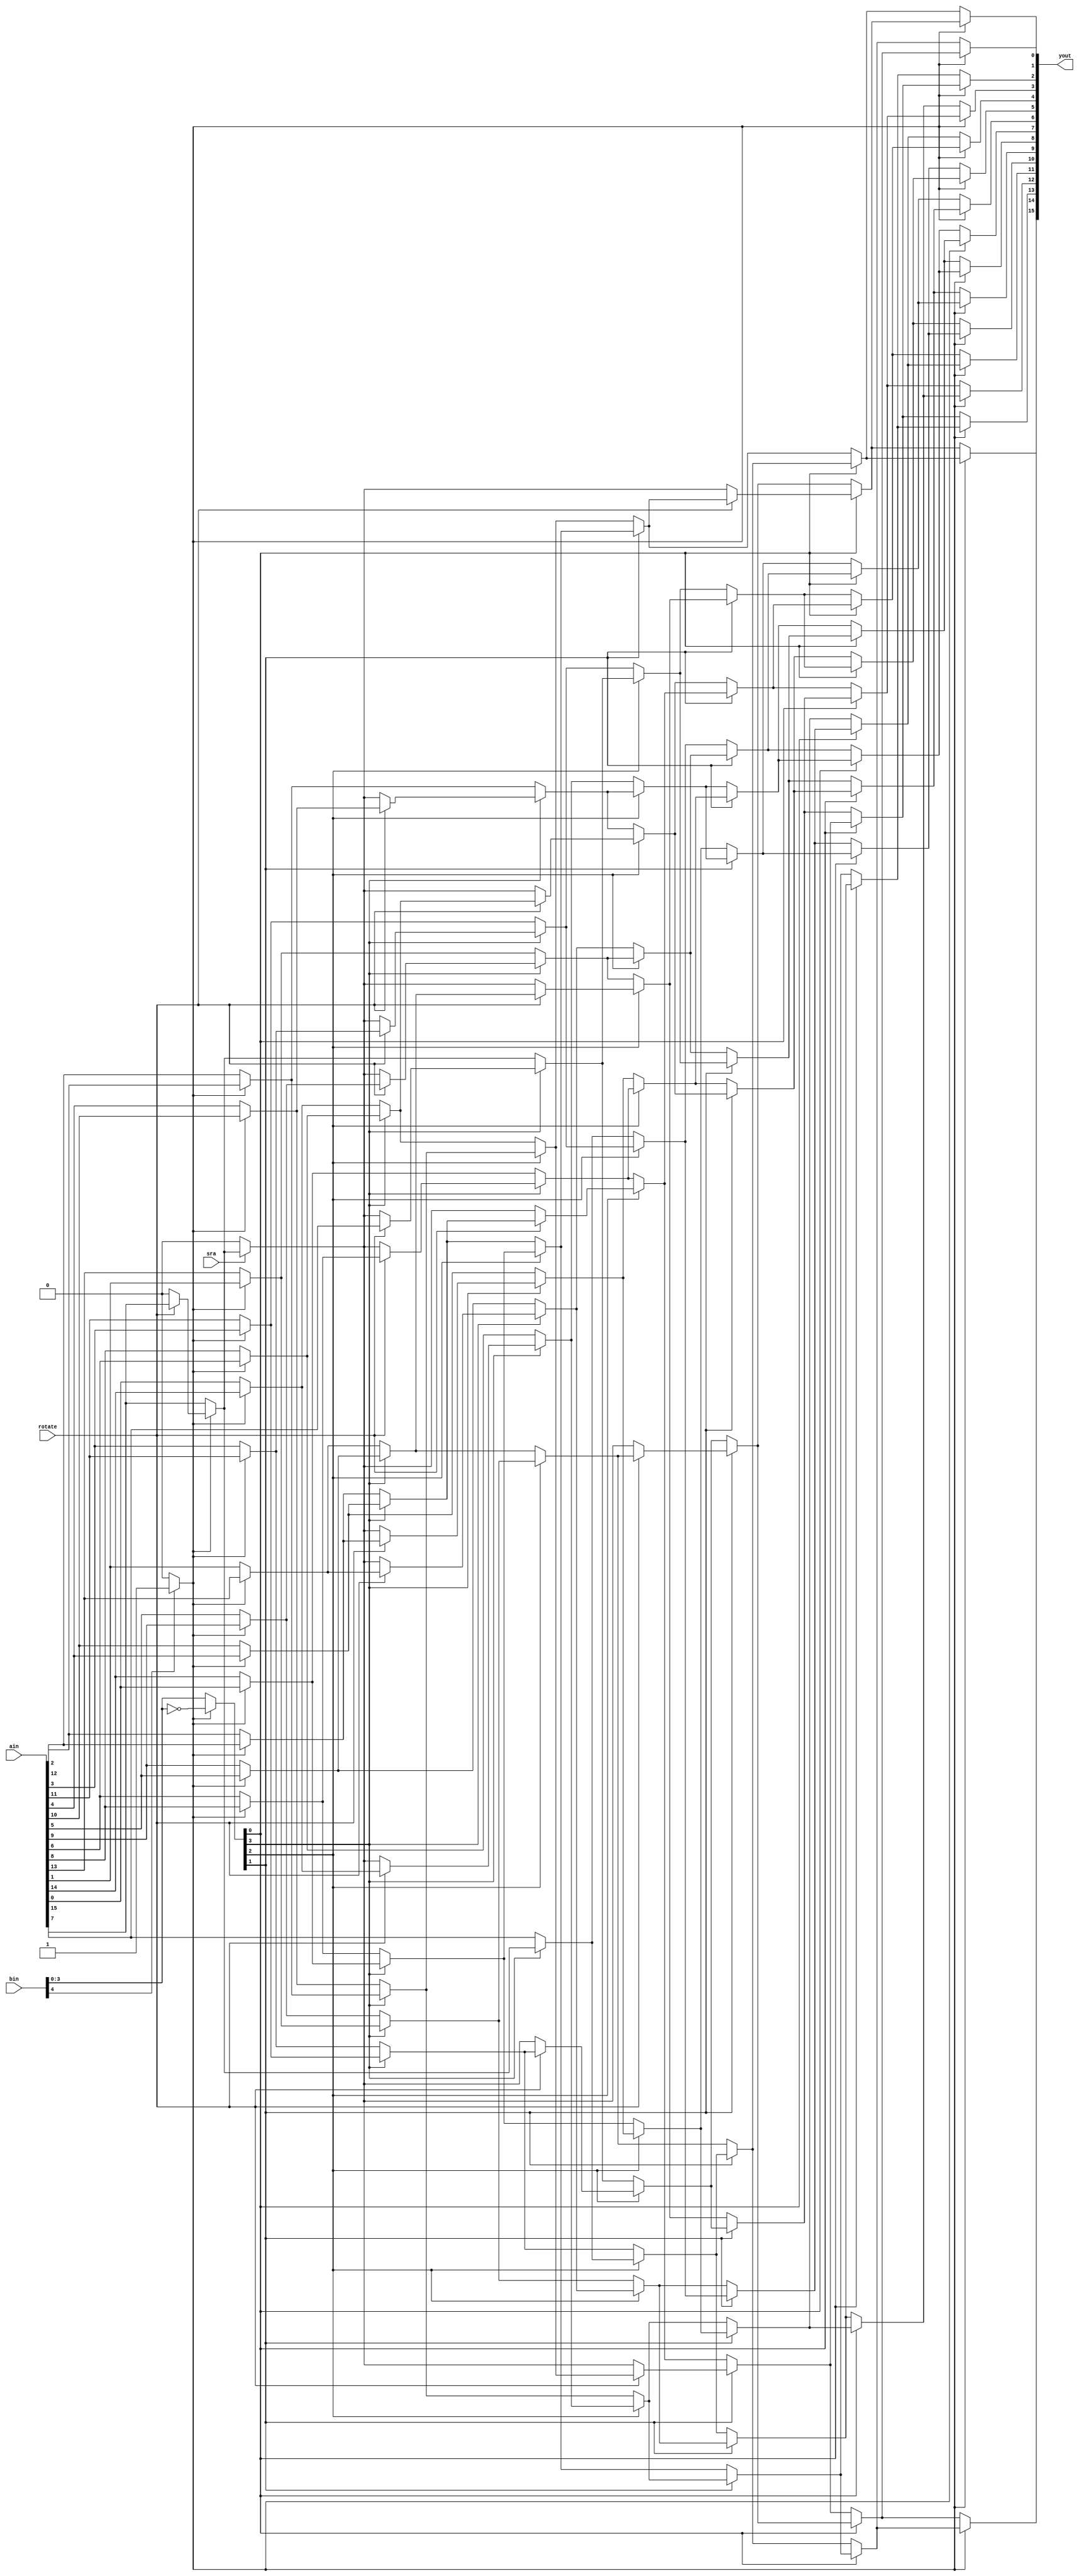
module barrel_shifter
	(
	 output [15:0] yout,
	 input [15:0] ain,
	 input [4:0] bin,
	 input rotate,
	 input sra
    );
	
	wire [3:0] b;
	wire [15:0] a;
	wire [15:0] y;
	wire s;
	wire [7:0]rb3;
	wire [15:0]b3;
	wire [3:0]rb2;
	wire [15:0]b2;
	wire [1:0]rb1;
	wire [15:0]b1;
	wire rb0;
	
	wire left;
	
	
	// Left shift?
	assign left = (bin[4])?(1'b1):(1'b0);
	
	// If bin[4] == 1, means negative so reverse and shift by one additional step.
	assign b = (left)?(~bin[3:0]):(bin[3:0]);
	
	// Data reversal for left.
	genvar m;
	   generate
		for (m=0; m < 15; m=m+1) begin : REVERSE_INPUT
			assign a[m] = (left)?(ain[14-m]):(ain[m]);
		end
   endgenerate
	// Assign first bit
	assign a[15] = (left)?((rotate)?(ain[15]):(1'b0)):(ain[15]);	
		
	
	// Shift arithmetic?
	assign s = (sra)?(a[15]):(1'b0);
	
	genvar c, d, e, f, g, h, i, j;
 
	// Generate rotate b3
   generate
		for (d=0; d < 8; d=d+1) begin : ROTATE_B3
			assign rb3[d] = (rotate)?(a[d]):(s);
		end
   endgenerate

	// Generate b3
   generate
		for (c=0; c < 16; c=c+1) begin : B3
			if(c < 8)
				assign b3[c] = (b[3])?(a[c+8]):(a[c]);
			else
				assign b3[c] = (b[3])?(rb3[c-8]):(a[c]);
		end
   endgenerate
	
	// Generate rotate b2
   generate
		for (e=0; e < 4; e=e+1) begin : ROTATE_B2
			assign rb2[e] = (rotate)?(b3[e]):(s);
		end
   endgenerate
	
	// Generate b2
   generate
		for (f=0; f < 16; f=f+1) begin : B2
			if(f < 12)
				assign b2[f] = (b[2])?(b3[f+4]):(b3[f]);
			else
				assign b2[f] = (b[2])?(rb2[f-12]):(b3[f]);
		end
   endgenerate
	
	// Generate rotate b1
   generate
		for (g=0; g < 2; g=g+1) begin : ROTATE_B1
			assign rb1[g] = (rotate)?(b2[g]):(s);
		end
   endgenerate
	
	// Generate b1
   generate
		for (h=0; h < 16; h=h+1) begin : B1
			if(h < 14)
				assign b1[h] = (b[1])?(b2[h+2]):(b2[h]);
			else
				assign b1[h] = (b[1])?(rb1[h-14]):(b2[h]);
		end
   endgenerate
	
	// Generate rotate b0
	assign rb0 = (rotate)?(b1[0]):(s);
	
	// Generate y
   generate
		for (j=0; j < 16; j=j+1) begin : B0
			if(j < 15)
				assign y[j] = (b[0])?(b1[j+1]):(b1[j]);
			else
				assign y[j] = (b[0])?(rb0):(b1[j]);
		end
   endgenerate

	
	// Reverse output if left.
	genvar n;
	generate
		for (n=0; n < 16; n=n+1) begin : REVERSE_OUTPUT
			assign yout[n] = (left)?(y[15-n]):(y[n]);
		end
   endgenerate

endmodule